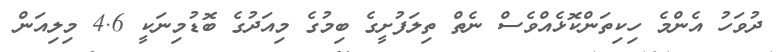
ދުވަހު އެންމެ ހިކިތަންކޮޅެއްވެސް ނެތް ތިލަފުށީގެ ބިމުގެ މިއަދުގެ ބޮޑުމިނަކީ 4.6 މިލިއަން